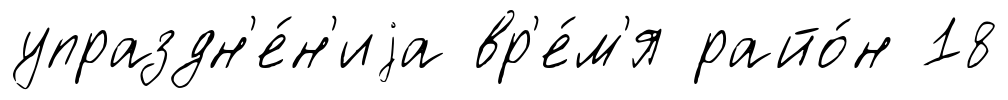
упраздн'е́н'иjа вр'е́м'я райо́н 18